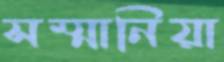
সম্মানিয়া